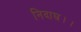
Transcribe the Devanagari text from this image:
निदाघ।।